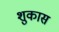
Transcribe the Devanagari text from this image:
शुकास